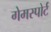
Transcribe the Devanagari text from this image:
गेमस्पोर्ट